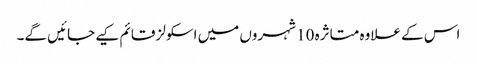
اس کے علاوہ متاثرہ 10 شہروں میں اسکولز قائم کیے جائیں گے۔